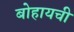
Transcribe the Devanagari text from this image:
बोहायची